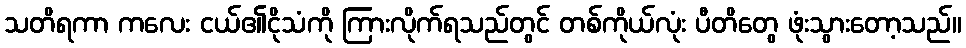
သတိရကာ ကလေး ငယ်၏ငိုသံကို ကြားလိုက်ရသည်တွင် တစ်ကိုယ်လုံး ပီတိတွေ ဖုံးသွားတော့သည်။